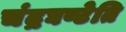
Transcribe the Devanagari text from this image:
चंद्रघण्टेति